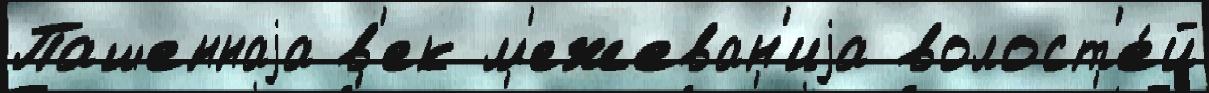
Пашеннаjа в'ек м'ежеван'иjа волост'е́й